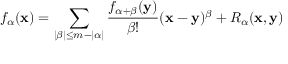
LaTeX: f _ { \alpha } ( { \mathbf { x } } ) = \sum _ { | \beta | \leq m - | \alpha | } { \frac { f _ { \alpha + \beta } ( { \mathbf { y } } ) } { \beta ! } } ( { \mathbf { x } } - { \mathbf { y } } ) ^ { \beta } + R _ { \alpha } ( { \mathbf { x } } , { \mathbf { y } } )